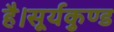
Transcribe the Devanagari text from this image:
है।सूर्यकुण्ड